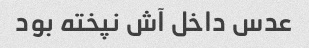
عدس داخل آش نپخته بود